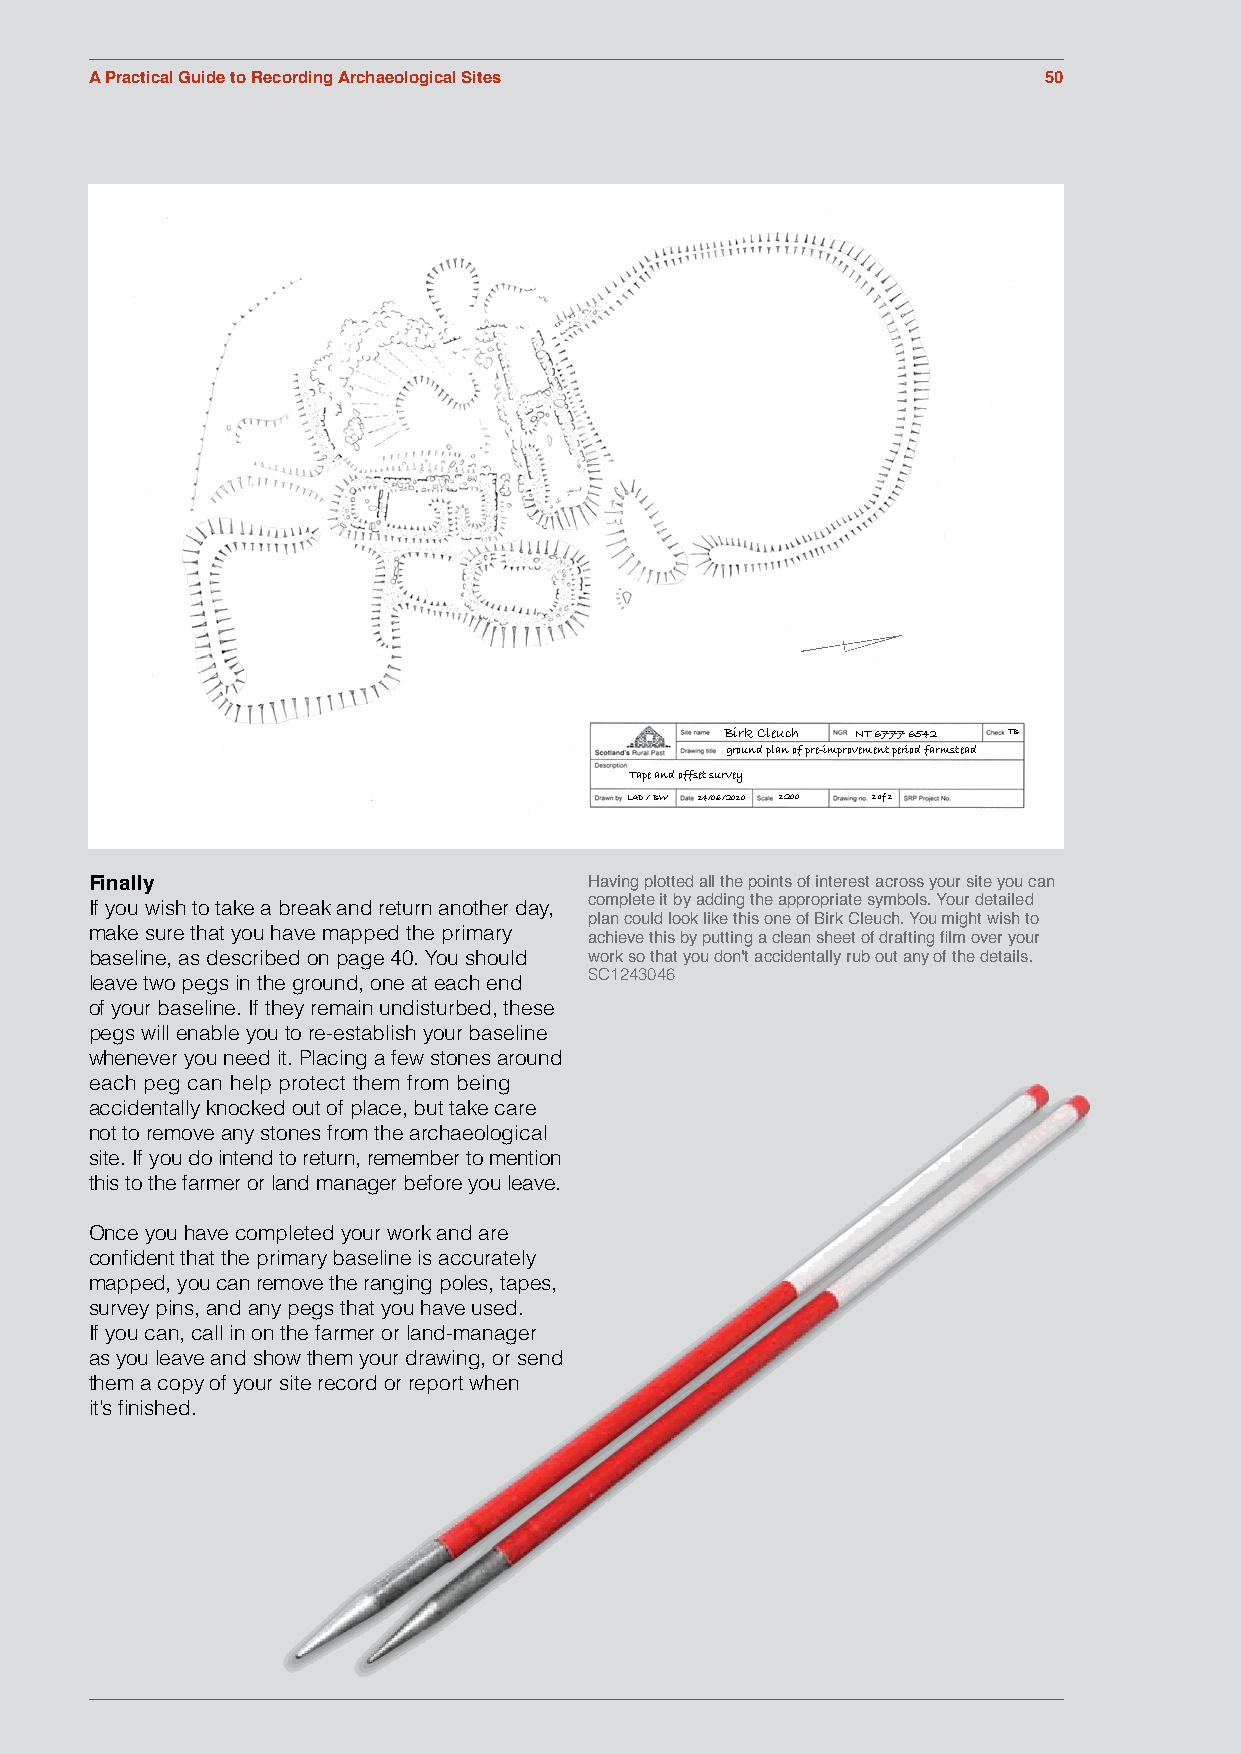
Figure 5.19
 A Practical Guide to Recording Archaeological Sites            50
 Birk Cleuch NT 6777 6542 TB
 ground plan of pre-improvement period farmstead
 Tape and offset survey
 LAD / BW 14/06/2010 1:200 1 of 1
 Finally                          Having plotted all the points of interest across your site you can
 If you wish to take a break and return another day, complete it by adding the appropriate symbols. Your detailed
 plan could look like this one of Birk Cleuch. You might wish to
 make sure that you have mapped the primary
 achieve this by putting a clean sheet of drafting film over your
 baseline, as described on page 40. You should work so that you don't accidentally rub out any of the details.
 leave two pegs in the ground, one at each end SC1243046
 of your baseline. If they remain undisturbed, these
 pegs will enable you to re-establish your baseline
 whenever you need it. Placing a few stones around
 each peg can help protect them from being
 accidentally knocked out of place, but take care
 not to remove any stones from the archaeological
 site. If you do intend to return, remember to mention
 this to the farmer or land manager before you leave.
 Once you have completed your work and are
 confident that the primary baseline is accurately
 mapped, you can remove the ranging poles, tapes,
 survey pins, and any pegs that you have used.
 If you can, call in on the farmer or land-manager
 as you leave and show them your drawing, or send
 them a copy of your site record or report when
 it’s finished.